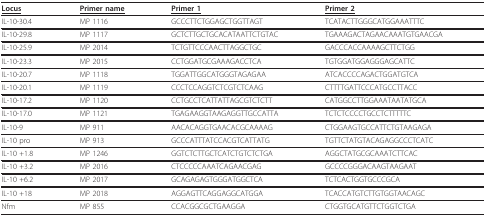
<table><thead><tr><td><b><underline>Locus</underline></b></td><td><b><underline>Primer name</underline></b></td><td><b><underline>Primer 1</underline></b></td><td><b><underline>Primer 2</underline></b></td></tr></thead><tbody><tr><td>IL-10-30.4</td><td>MP 1116</td><td>GCCCTTCTGGAGCTGGTTAGT</td><td>TCATACTTGGGCATGGAAATTTC</td></tr><tr><td>IL-10-29.8</td><td>MP 1117</td><td>GCTCTTGCTGCACATAATTCTGTAC</td><td>TGAAAGACTAGAACAAATGTGAACGA</td></tr><tr><td>IL-10-25.9</td><td>MP 2014</td><td>TCTGTTCCCAACTTAGGCTGC</td><td>GACCCACCAAAAGCTTCTGG</td></tr><tr><td>IL-10-23.3</td><td>MP 2015</td><td>CCTGGATGCGAAAGACCTCA</td><td>TGTGGATGGAGGGAGCATTC</td></tr><tr><td>IL-10-20.7</td><td>MP 1118</td><td>TGGATTGGCATGGGTAGAGAA</td><td>ATCACCCCAGACTGGATGTCA</td></tr><tr><td>IL-10-20.1</td><td>MP 1119</td><td>CCCTCCAGGTCTCGTCTCAAG</td><td>CTTTTGATTCCCATGCCTTACC</td></tr><tr><td>IL-10-17.2</td><td>MP 1120</td><td>CCTGCCTCATTATTAGCGTCTCTT</td><td>CATGGCCTTGGAAATAATATGCA</td></tr><tr><td>IL-10-17.0</td><td>MP 1121</td><td>TGAGAAGGTAAGAGGTTGCCATTA</td><td>TCTCTCCCCTGCCTCTTTTTC</td></tr><tr><td>IL-10-9</td><td>MP 911</td><td>AACACAGGTGAACACGCAAAAG</td><td>CTGGAAGTGCCATTCTGTAAGAGA</td></tr><tr><td>IL-10 pro</td><td>MP 913</td><td>GCCCATTTATCCACGTCATTATG</td><td>TGTTCTATGTACAGAGGCCCTCATC</td></tr><tr><td>IL-10 +1.8</td><td>MP 1246</td><td>GGTCTCTTGCTCATCTGTCTCTGA</td><td>AGGCTATGCGCAAATCTTCAC</td></tr><tr><td>IL-10 +3.2</td><td>MP 2016</td><td>CTCCCCCAAATCAGAACGAG</td><td>GCCCCGGGACAAGTAAGAAT</td></tr><tr><td>IL-10 +6.2</td><td>MP 2017</td><td>GCAGAGAGTGGGATGGCTCA</td><td>TCTCACTGGTGCCCGCA</td></tr><tr><td>IL-10 +18</td><td>MP 2018</td><td>AGGAGTTCAGGAGGCATGGA</td><td>TCACCATGTCTTGTGGTAACAGC</td></tr><tr><td>Nfm</td><td>MP 855</td><td>CCACGGCGCTGAAGGA</td><td>CTGGTGCATGTTCTGGTCTGA</td></tr></tbody></table>